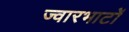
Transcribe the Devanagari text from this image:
ज्वारभाटों